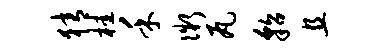
猜桂禾微瓦貂且